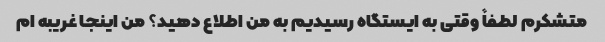
متشکرم لطفاً وقتی به ایستگاه رسیدیم به من اطلاع دهید؟ من اینجا غریبه ام